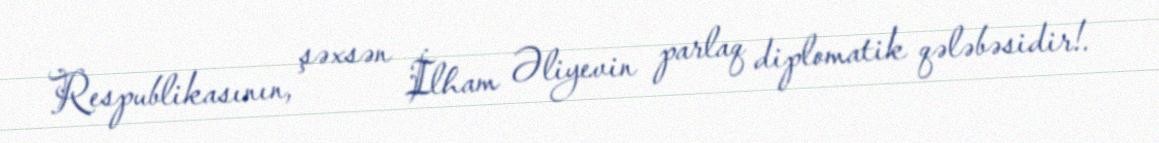
Respublikasının, şəxsən İlham Əliyevin parlaq diplomatik qələbəsidir!.